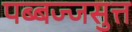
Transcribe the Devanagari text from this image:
पब्बज्जसुत्त